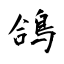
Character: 鴿